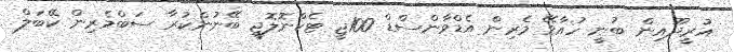
އުރީދޫއިން ބުނީ ހުއާވޭ މެރިން އެޑްވާންސްޑް 100ޖީ ޓެކްނޮލޮޖީ ބޭނުންކުރާ ސަބްމެރިން ކޭބަލް